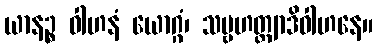
ယာနဉ္စ ဝါဟနံ ယောဂ္ဂံ၊ သဗ္ဗဟတ္ထျာဒိဝါဟနေ။